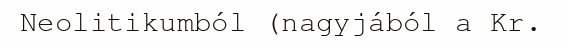
Neolitikumból (nagyjából a Kr.